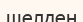
шелден